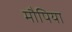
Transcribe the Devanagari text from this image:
मौपिया